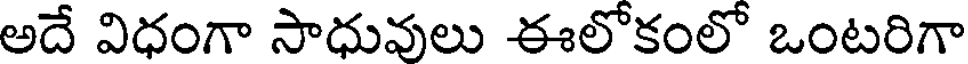
అదే విధంగా సాధువులు ఈలోకంలో ఒంటరిగా